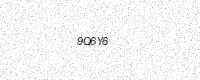
Text: 9Q6Y6